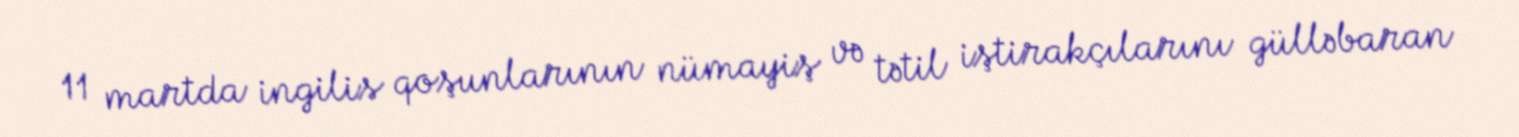
11 martda ingilis qoşunlarının nümayiş və tətil iştirakçılarını gülləbaran